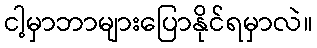
ငါ့မှာဘာများပြောနိုင်ရမှာလဲ။